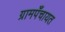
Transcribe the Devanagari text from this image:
ग्रामपँचायत